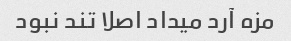
مزه آرد میداد اصلا تند نبود